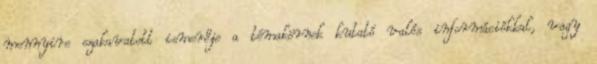
mennyire szakavatott ismerője a témakörnek kutató valós információkkal, vagy